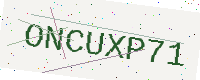
Text: ONCUXP71